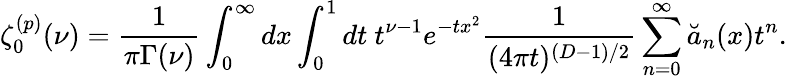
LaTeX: \zeta_{0}^{(p)}(\nu)={\frac{1}{\pi\Gamma(\nu)}}\int_{0}^{\infty}dx\int_{0}^{1}dt~t^{\nu-1}e^{-tx^{2}}{\frac{1}{(4\pi t)^{(D-1)/2}}}\sum_{n=0}^{\infty}\breve{a}_{n}(x)t^{n}.